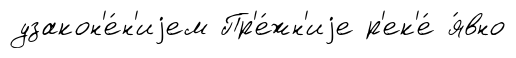
узакон'е́н'иjем Пр'е́жн'иjе р'ек'е́ я́вно